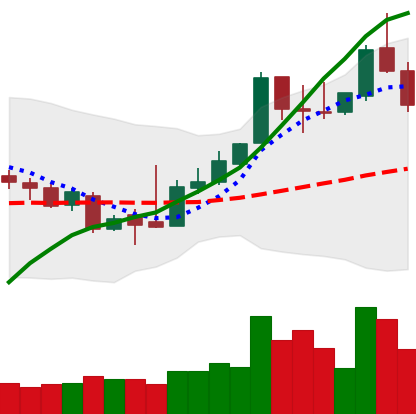
Ticker: XLM-USD
Chart end date: 2018-11-13
Forward return: -3.115%
Label: down_3_5